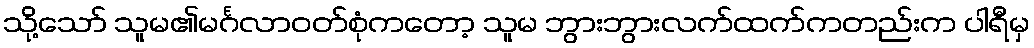
သို့သော် သူမ၏မင်္ဂလာဝတ်စုံကတော့ သူမ ဘွားဘွားလက်ထက်ကတည်းက ပါရီမှ